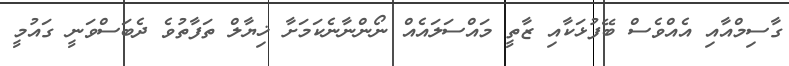
ގާސިމްއާއި އެއްވެސް ބޭފުޅަކާއި ޒާތީ މައްސަލައެއް ނޯންނާނެކަމަށާ ޚިޔާލް ތަފާތުވެ ދެބަސްވަނީ ގައުމީ